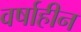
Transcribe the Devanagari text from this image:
वर्षाहीन